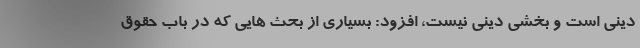
دینی است و بخشی دینی نیست، افزود: بسیاری از بحث هایی که در باب حقوق